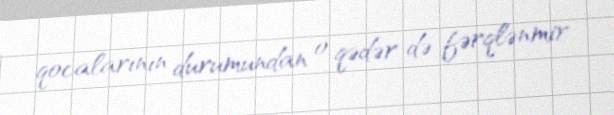
qocalarının durumundan o qədər də fərqlənmir.